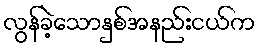
လွန်ခဲ့သောနှစ်အနည်းငယ်က